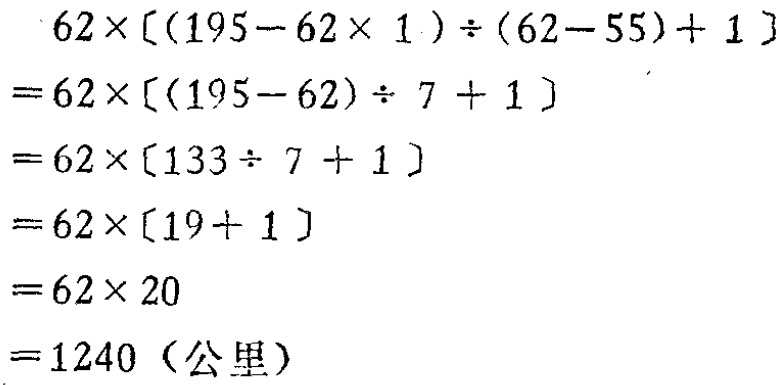
\[

\begin{align*}

&62\times[(195 - 62\times1)\div(62 - 55)+1]\\

=&62\times[(195 - 62)\div7 + 1]\\

=&62\times[133\div7 + 1]\\

=&62\times[19 + 1]\\

=&62\times20\\

=&1240 \text{（公里）}

\end{align*}

\]